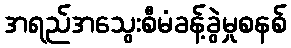
အရည်အသွေးစီမံခန့်ခွဲမှုစနစ်